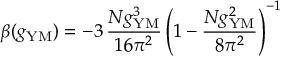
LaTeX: \beta ( g _ { \mathrm { Y M } } ) = - 3 \, \frac { N g _ { \mathrm { Y M } } ^ { 3 } } { 1 6 \pi ^ { 2 } } \left( 1 - \frac { N g _ { \mathrm { Y M } } ^ { 2 } } { 8 \pi ^ { 2 } } \right) ^ { - 1 }